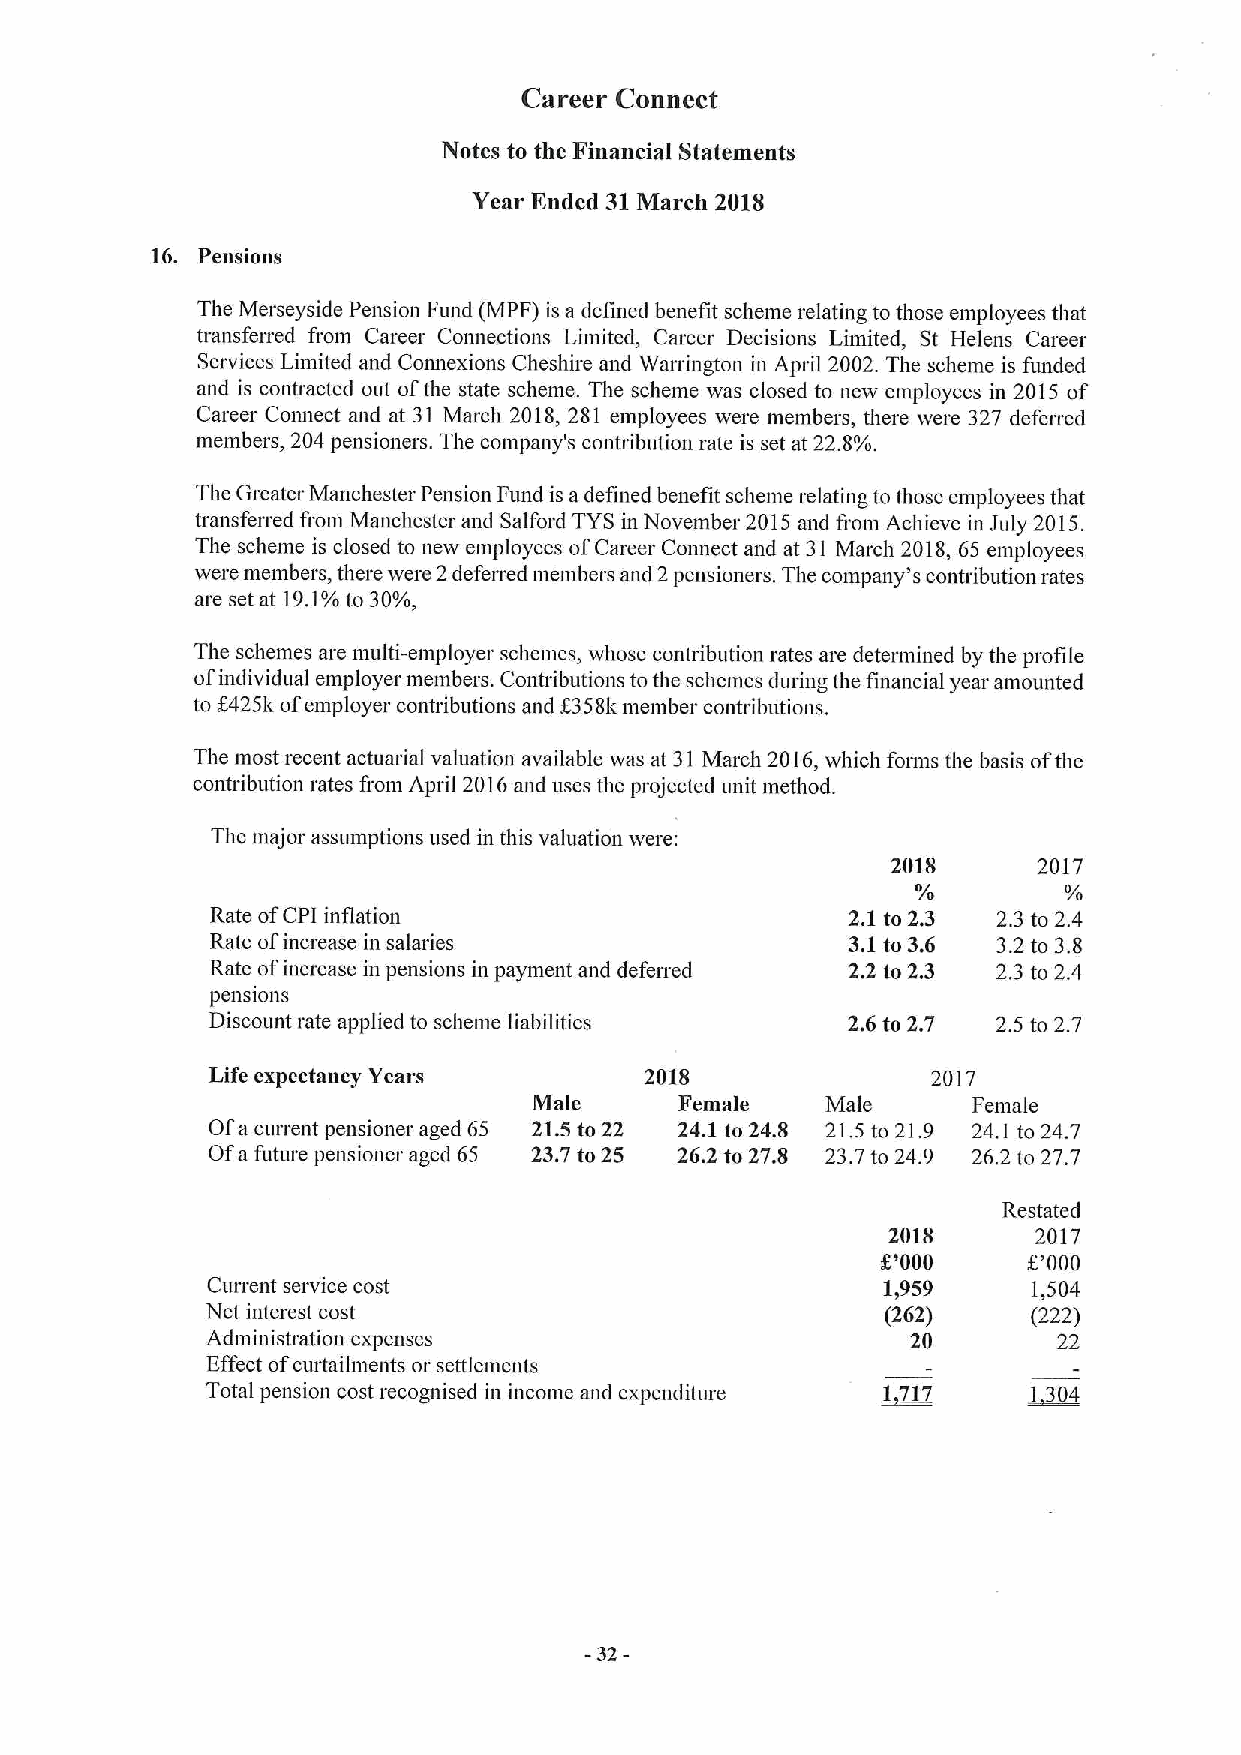
Career Connect
 Notes to the Financial Statements
 Year Ended 31March 2018
 16. Pensions
 The Merseyside Pension Fund (MPF) is a defined benefit scheme relating to those employees that
 transferred fi'om Career Connections Limited, Career Decisions Limited, St Helens Career
 Services Limited and Connexions Cheshire and Wairington in April 2002. The scheme is funded
 and is contracted out ofthe state scheme. The scheme was closed to new employees in 2015 of
 Career Connect and at 31 March 2018,281 employees were members, there were 327 deferred
 members, 204 pensioners. The company's contribution rate is set at 22.8%.
 The Greater Manchester Pension Fund is adefined benefit scheme relating to those employees that
 transferred fiom Manchester and Salford TYSin November 2015 and fi'om Achieve in July 2015.
 The scheme is closed to new employees ofCareer Connect and at 31 March 2018,65 employees
 were members, there were 2defeired members and 2pensioners. The company's contribution rates
 are set at 19,1%to 30%,
 The schemes are multi-employer schemes, whose contribution rates are determined by the profile
 ofindividual employer members. Conn ibutions tothe schemes during the financial year amounted
 to K425k ofemployer contributions and f 358kmember contributions.
 The most recent actuarial valuation available was at 31 March 2016,which fonna the basis ofthe
 contribution rates fi'om April 2016and uses the projected unit method.
 The major assumptions used in this valuation were:
 2018      2017
 Rate ofCPI inflation                      2.1to 2.3 2.3 to 2.4
 Rate ofincrease in salaries               3.1to 3.6 3.2 to 3.8
 Rate ofincrease in pensions in payment and deferred 2.2 to 2.3 2.3to 2.4
 pensions
 Discount rate applied to scheme liabilities 2.6to 2.7 2.5 to 2.7
 Life expectancy Years        2018               20 7
 l
 Male      Female    Male     Female
 Ofa current pensioner aged 65 2L5 to 22 24.1to 24.8 21.5 to 21.9 24.
 1
 to 24.7
 Ofa future pensioner aged 65 23.7to 25 26.2 to 27.8 23.7to 24.9 26.2 to 27.7
 Restated
 2018      2017
 K'000     8'000
 Current service cost                        1,959     1,504
 Net interest cost                            (262)    (222)
 Administration expenses                       20        22
 Effect ofcuitaihnents or settlements
 Total pension cost recognised in income and expenditure ~1717 1 304
 -32-